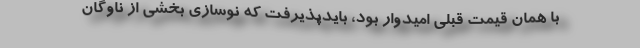
با همان قيمت قبلي اميدوار بود، بايدپذيرفت كه نوسازي بخشي از ناوگان